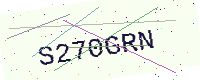
Text: S270GRN